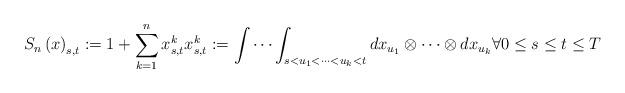
LaTeX: \begin{align*}S_{n}\left( x\right) _{s,t}:=1+\sum_{k=1}^{n}x_{s,t}^{k}x_{s,t}^{k}:=\idotsint\nolimits_{s<u_{1}<\cdots <u_{k}<t}dx_{u_{1}}\otimes\cdots \otimes dx_{u_{k}}\forall 0\leq s\leq t\leq T\end{align*}